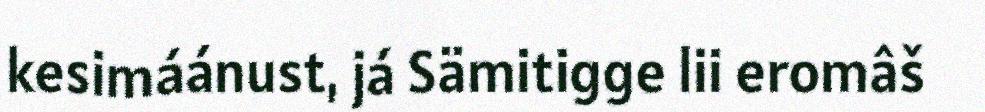
kesimáánust, já Sämitigge lii eromâš